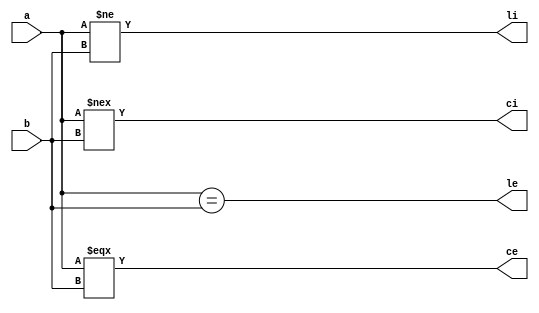
module logical_op
(input [3:0]a,b,
output le,li,ce,ci);

assign le = a == b,
		li = a != b,
		ce = a === b,
		ci = a !==b;

endmodule